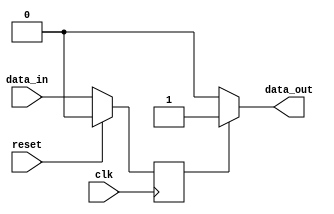
module edge_triggered_latch (
    input wire clk,
    input wire reset,
    input wire data_in,
    output reg data_out
);

reg latch_state;

always @(posedge clk) begin
    if (reset) begin
        latch_state <= 1'b0;
    end else begin
        latch_state <= data_in;
    end
end

always @(*) begin
    if (latch_state) begin
        data_out = 1'b1;
    end else begin
        data_out = 1'b0;
    end
end
    
endmodule